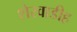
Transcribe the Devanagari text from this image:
शेरवाडीह